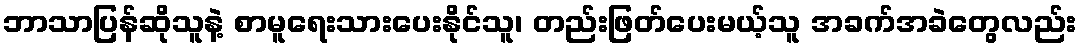
ဘာသာပြန်ဆိုသူနဲ့ စာမူရေးသားပေးနိုင်သူ၊ တည်းဖြတ်ပေးမယ့်သူ အခက်အခဲတွေလည်း